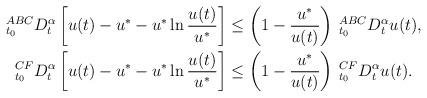
LaTeX: \begin{align*}_{t_{0}}^{ABC}D_{t}^{\alpha}\left[ u(t)-u^*-u^*\ln\dfrac{u(t)}{u^*}\right]& \leq \left( 1-\dfrac{u^*}{u(t)}\right)\: _{t_{0}}^{ABC}D_{t}^{\alpha}u(t),\\_{t_{0}}^{CF}D_{t}^{\alpha}\left[ u(t)-u^*-u^*\ln\dfrac{u(t)}{u^*}\right]& \leq \left( 1-\dfrac{u^*}{u(t)}\right)\: _{t_{0}}^{CF}D_{t}^{\alpha}u(t).\end{align*}